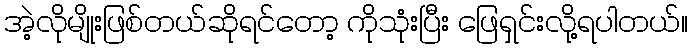
အဲ့လိုမျိုးဖြစ်တယ်ဆိုရင်တော့ ကိုသုံးပြီး ဖြေရှင်းလို့ရပါတယ်။